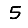
Digit: 5